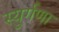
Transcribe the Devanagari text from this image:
स्युर्गणा